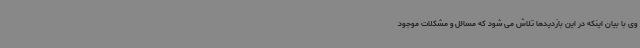
وی با بیان اینکه در این بازدیدها تلاش می شود که مسائل و مشکلات موجود